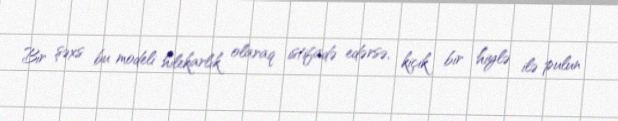
Bir şəxs bu modeli hilekarlık olaraq istifadə edərsə, kiçik bir hiylə ilə pulun